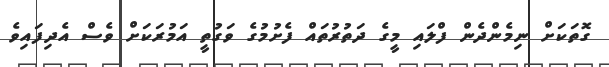
ގޮތަކަށް ނިމެންދެން ފްލައި މީގެ ދަތުރުތައް ފެށުމުގެ ވަގުތީ އަމުރަކަށް ވެސް އެދިފައިވެ